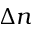
\Delta n